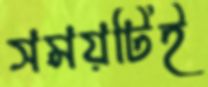
সময়টিই